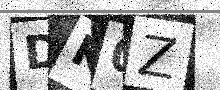
Text: DK0Z